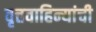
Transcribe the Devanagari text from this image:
वृत्तवाहिन्यांची